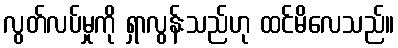
လွတ်လပ်မှုကို ရှာလွန်းသည်ဟု ထင်မိလေသည်။